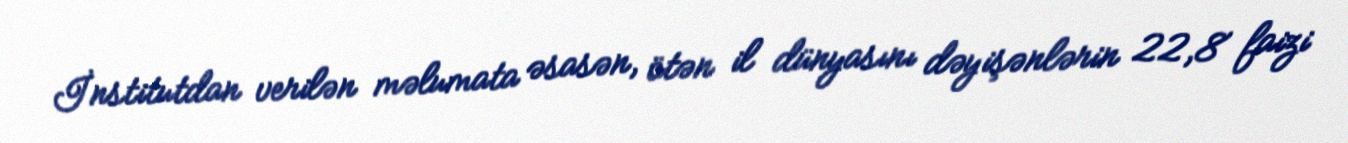
İnstitutdan verilən məlumata əsasən, ötən il dünyasını dəyişənlərin 22,8 faizi